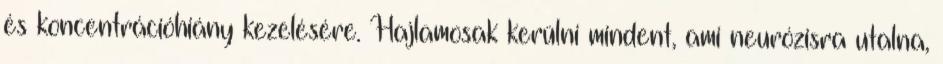
és koncentrációhiány kezelésére. Hajlamosak kerülni mindent, ami neurózisra utalna,